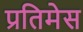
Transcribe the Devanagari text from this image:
प्रतिमेस